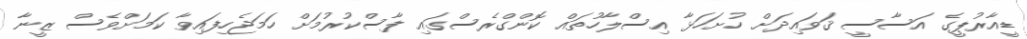
ޑީއާރުޕީގެ އަސާސީ ޤަވައިދަށް ހުށަހަޅާ އިސްލާހުތައް ކޮންގްރެސްގައި ފާސްކުރުމަށް ހަމަޖެހިފައިވާ ކަމަށްވެސް ޒީނާ